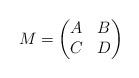
LaTeX: \begin{align*}M=\left(\begin{matrix}A & B \\C & D\\\end{matrix}\right)\end{align*}